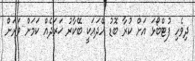
ދިވެހި ފުޓްބޯޅަ އަށް ކުރާ ބޮޑު ހޭދައަކީ ބޭކާރު ޚަރަދެއް ކަމަށް ވަރަށް